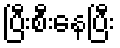
ပြီးစီးနေပြီး